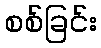
စစ်ခြင်း